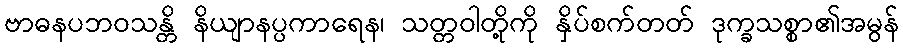
ဗာဓနပဘဝသန္တိ နိယျာနပ္ပကာရေန၊ သတ္တဝါတို့ကို နှိပ်စက်တတ် ဒုက္ခသစ္စာ၏အမွန်